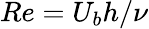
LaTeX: Re=U_{b}h/\nu